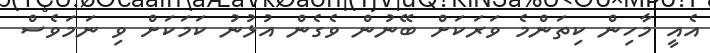
އެއީ މާހިން ކިތަންމެ ވަރަކަށް ބޭނުން ވެގެން އުޅުނު ކަމަކަށް ވި ނަމަވެސް